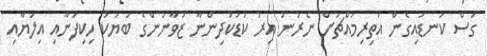
ގަސް ކަނޑައިގެން އަތިރިމައްޗަށް ނެރުނު އިރު ކުޑަކުދިންނާ ޒުވާނުންގެ ބަޔަކު ހިކިފަނާއި އިލަޔާއި